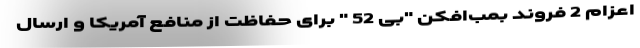
اعزام 2 فروند بمب‌افکن "بی 52 " برای حفاظت از منافع آمریکا و ارسال